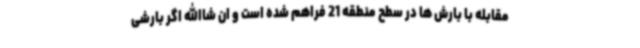
مقابله با بارش ها در سطح منطقه 21 فراهم شده است و ان شاالله اگر بارشی